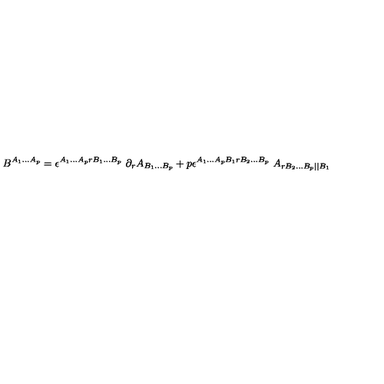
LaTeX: B ^ { A _ { 1 } . . . A _ { p } } = \epsilon ^ { A _ { 1 } . . . A _ { p } r B _ { 1 } . . . B _ { p } } \ \partial _ { r } A _ { B _ { 1 } . . . B _ { p } } + p \epsilon ^ { A _ { 1 } . . . A _ { p } B _ { 1 } r B _ { 2 } . . . B _ { p } } \ A _ { r B _ { 2 } . . . B _ { p } | | B _ { 1 } } \